Plague in India, 1896, 1897 - Volume 2
Year: 1896
Disease focus: Plague
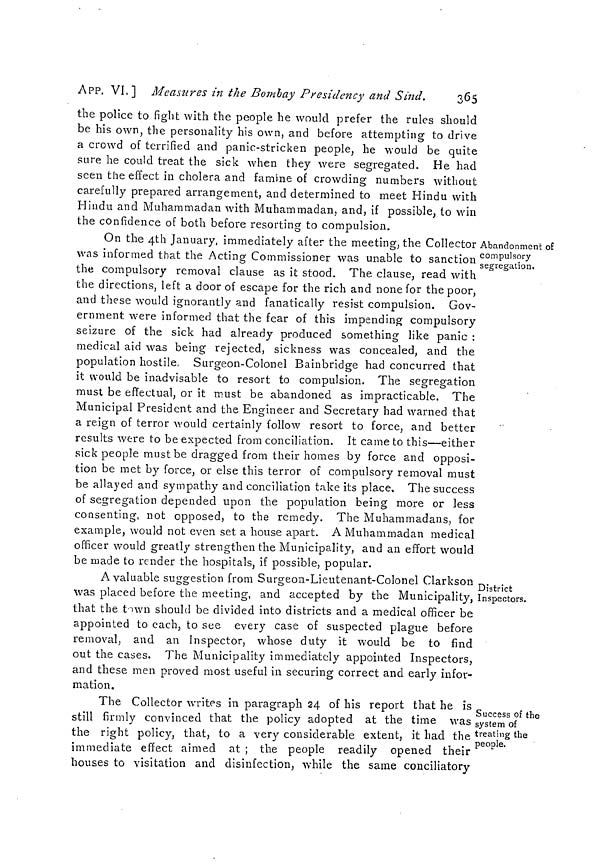
APP. VI.] Measures in the Bombay Presidency and Sind.
365
the police to fight with the people he would prefer the rules should
be his own, the personality his own, and before attempting to drive
a crowd of terrified and panic-stricken people, he would be quite
sure he could treat the sick when they were segregated. He had
seen the effect in cholera and famine of crowding numbers without
carefully prepared arrangement, and determined to meet Hindu with
Hindu and Muhammadan with Muhammadan, and, if possible, to win
the confidence of both before resorting to compulsion.
Abandonment o£
compulsory
segregation.
On the 4th January, immediately after the meeting, the Collector
was informed that the Acting Commissioner was unable to sanction
the compulsory removal clause as it stood. The clause, read with
the directions, left a door of escape for the rich and none for the poor,
and these would ignorantly and fanatically resist compulsion. Gov-
ernment were informed that the fear of this impending compulsory
seizure of the sick had already produced something like panic :
medical aid was being rejected, sickness was concealed, and the
population hostile Surgeon-Colonel Bainbridge had concurred that
it would be inadvisable to resort to compulsion. The segregation
must be effectual, or it must be abandoned as impracticable. The
Municipal President and the Engineer and Secretary had warned that
a reign of terror would certainly follow resort to force, and better
results were to be expected from conciliation. It came to this—either
sick people must be dragged from their homes by force and opposi-
tion be met by force, or else this terror of compulsory removal must
be allayed and sympathy and conciliation take its place. The success
of segregation depended upon the population being more or less
consenting, not opposed, to the remedy. The Muhammadans, for
example, would not even set a house apart. A Muhammadan medical
officer would greatly strengthen the Municipality, and an effort would
be made to render the hospitals, if possible, popular.
District
Inspectors.
A valuable suggestion from Surgeon-Lieutenant-Colonel Clarkson ,
was placed before the meeting, and accepted by the Municipality,
that the town should be divided into districts and a medical officer be
appointed to each, to see every case of suspected plague before
removal, and an Inspector, whose duty it would be to find
out the cases. The Municipality immediately appointed Inspectors,
and these men proved most useful in securing correct and early infor-
mation.
Success of the
system of
treating the
people.
The Collector writes in paragraph 24 of his report that he is
still firmly convinced that the policy adopted at the time was
the right policy, that, to a very considerable extent, it had the
immediate effect aimed at ; the people readily opened their
houses to visitation and disinfection, while the same conciliatory